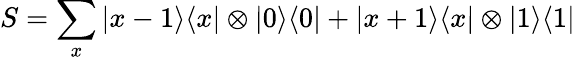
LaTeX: S=\sum_{x}|x-1\rangle\langle x|\otimes|0\rangle\langle 0|+|x+1\rangle\langle x|\otimes|1\rangle\langle 1|